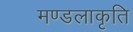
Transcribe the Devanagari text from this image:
मण्डलाकृति